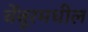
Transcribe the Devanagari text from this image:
चेंबूरमधील